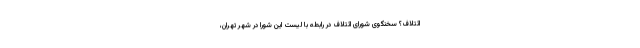
ائتلاف؟ سخنگوی شورای ائتلاف در رابطه با لیست این شورا در شهر تهران،